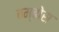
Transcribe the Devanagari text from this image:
बम्बोस